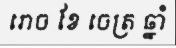
រោច ខែ ចេត្រ ឆ្នាំ